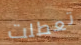
تعطلت